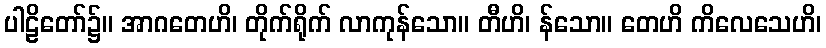
ပါဠိတော်၌။ အာဂတေဟိ၊ တိုက်ရိုက် လာကုန်သော။ တီဟိ၊ န်သော။ တေဟိ ကိလေသေဟိ၊